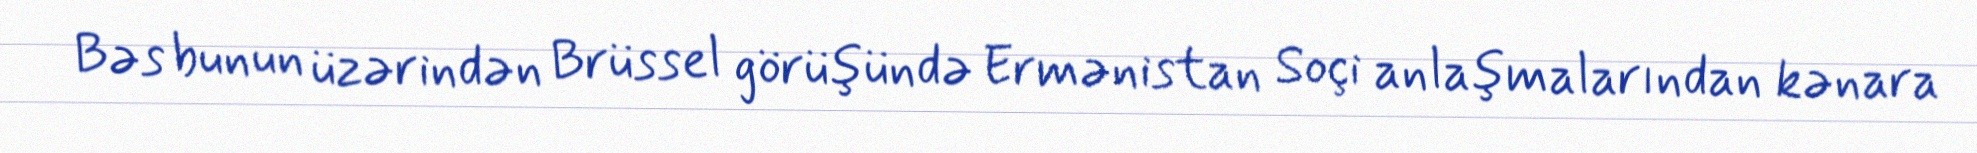
Bəs bunun üzərindən Brüssel görüşündə Ermənistan Soçi anlaşmalarından kənara